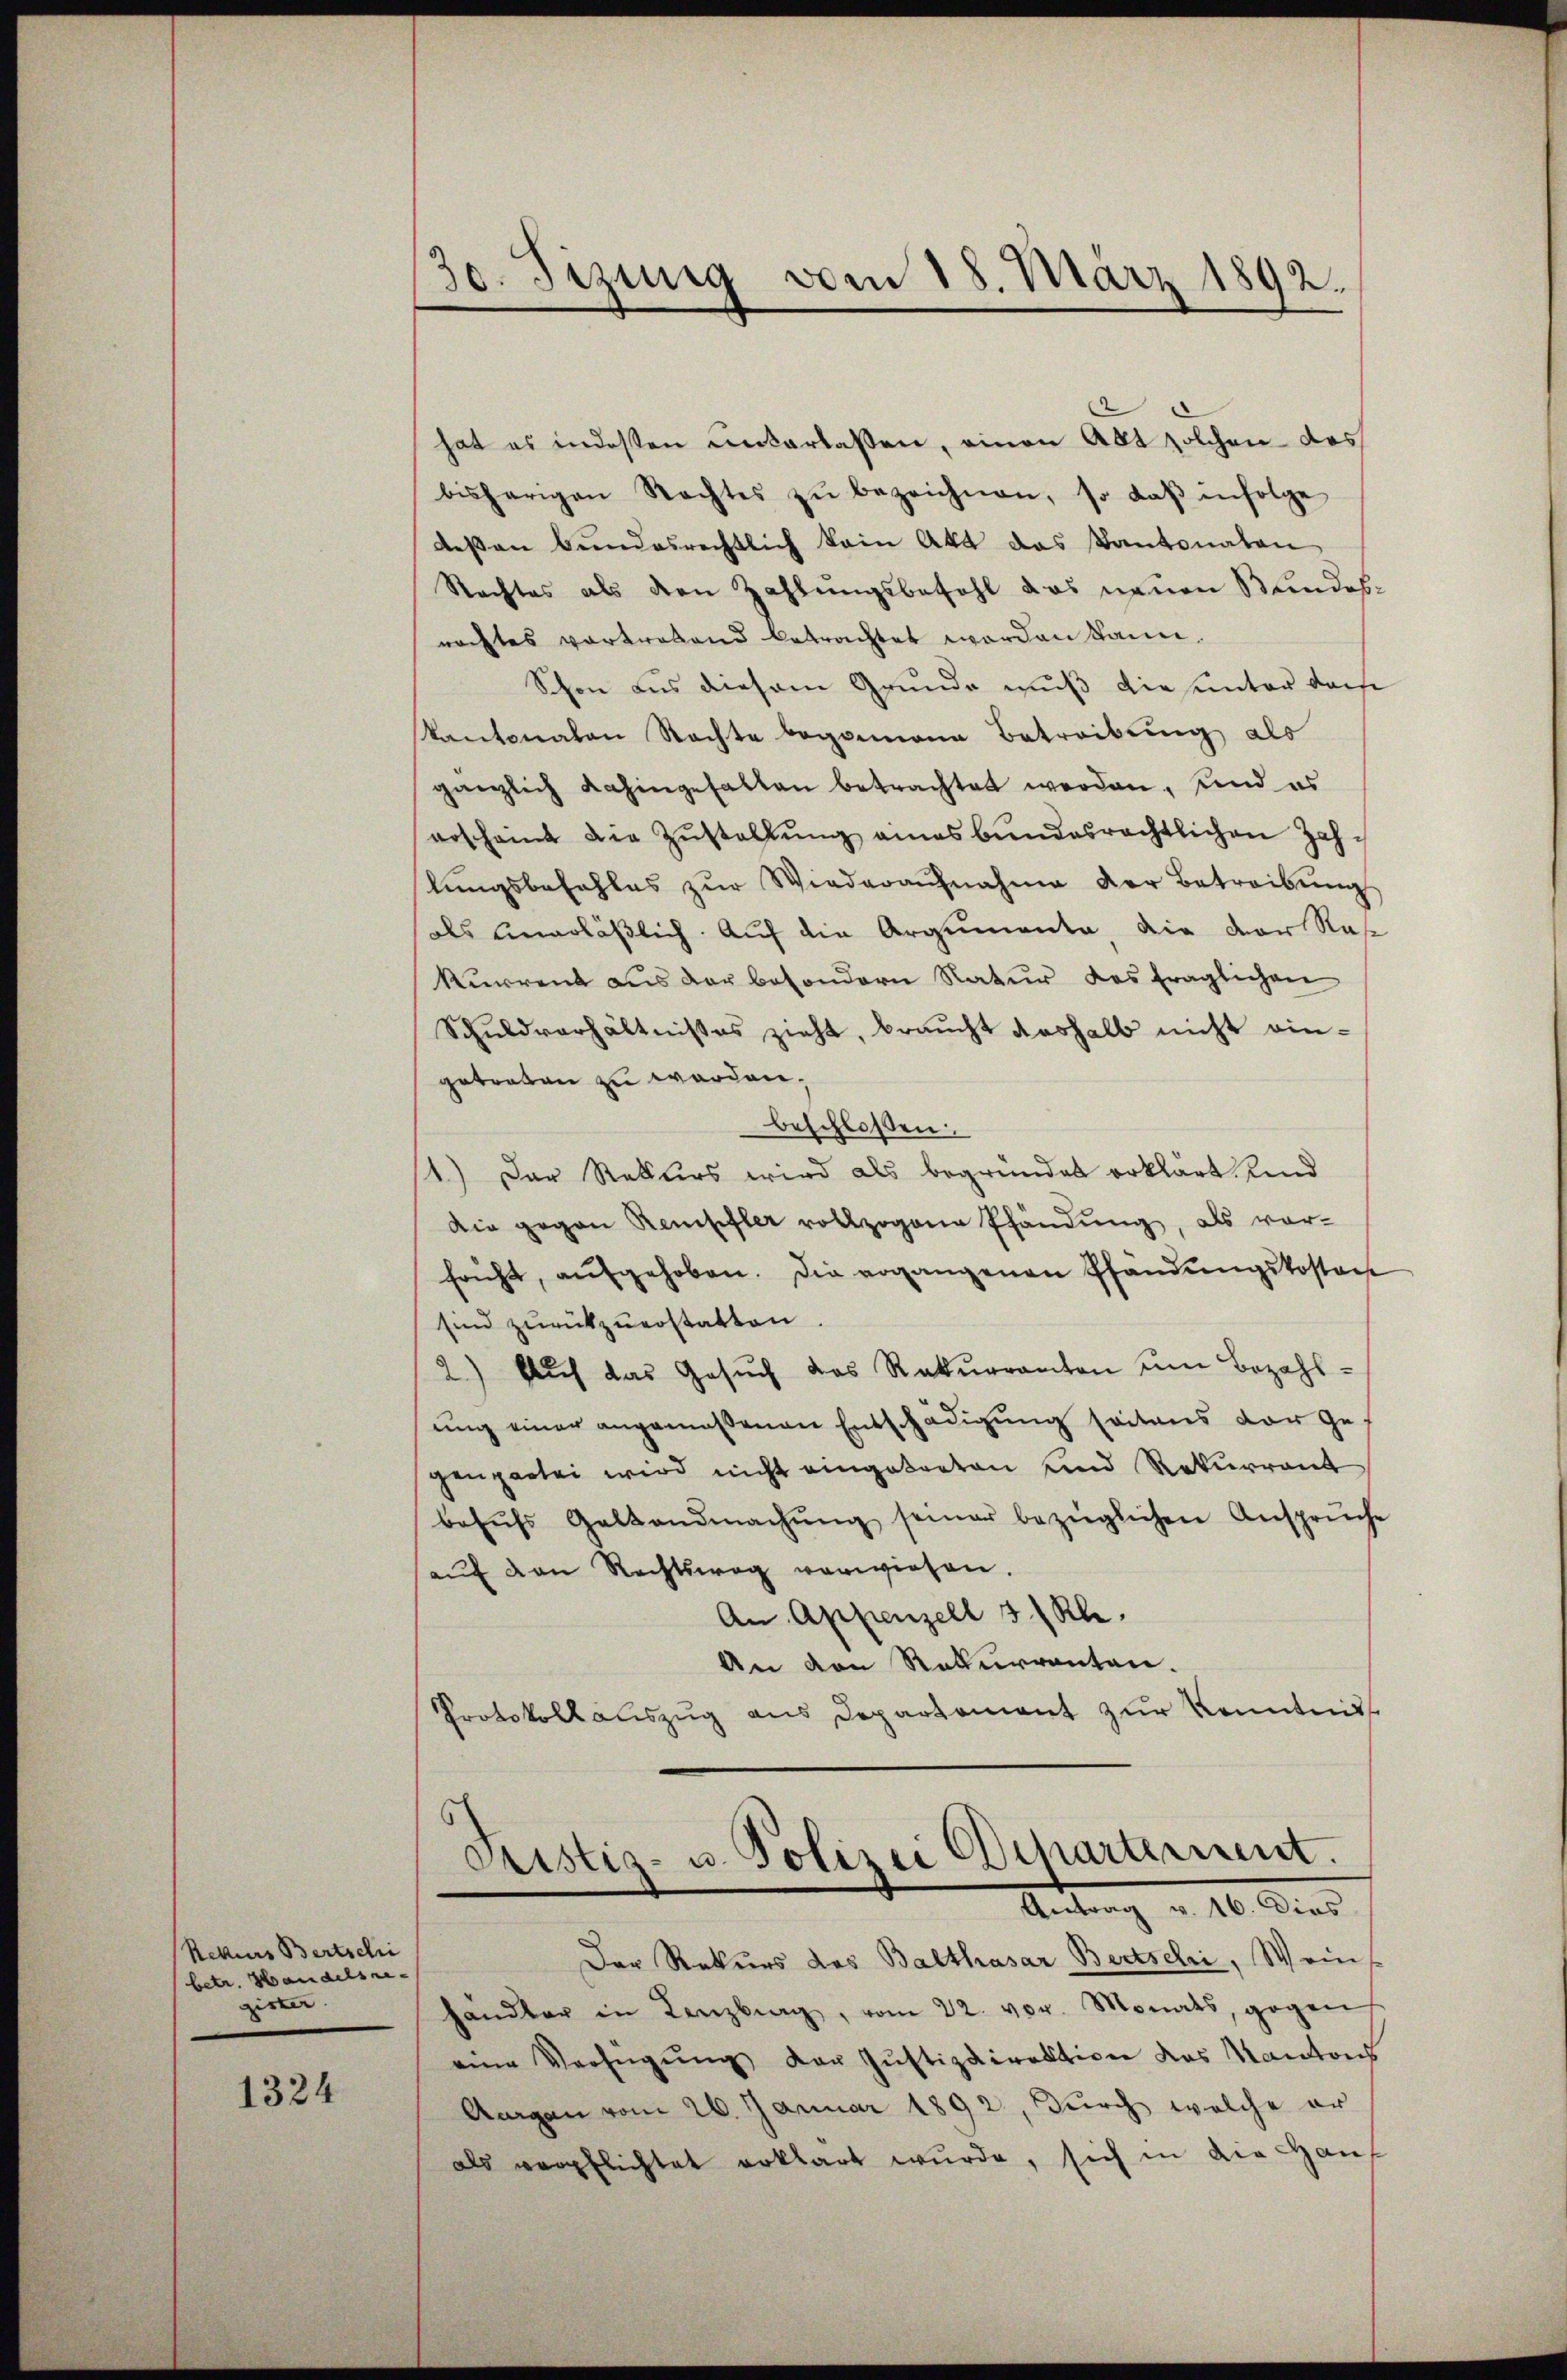
Rekurs Bertschi
betr. Handelsre
gister

1324

30. Jizung vom 18. März 1892.

hat es indeßen unterlaßen, einen Abt solchen das
bisherigen Rechtes zŭ bezeichnen, so daβ infolge
deβen bundesrechtlich kein Akt das Kantonaten
Rechtes als den Zahlungsbefehl das neuen Bundesrachtes vortretend betrachtet worden kann.
Schon aus diesem Grunde muß die unter dasse
Kantonalen Rechte begonnene Betreibung als
gänzlich dahingefallen betrachtet werden, und es
erscheint die Zŭstallŭng amasbŭndesrechtlichen Zahlŭngsbefehles zŭr Wiederaŭfnahme der Betreibŭng
als unerläβlich. Auf die Argumenta, die der Ras
kurrent aus der besondern Natur des fraglichen
Schŭldverhältnißes zieht, braŭcht deshalb nicht ein-
getreten zu werden.
beschlossen:
1.) Der Rekurs wird als begründet erklärt und
Die gegen Remffler vollzogene Pfändung, als vor-
frücht, aŭfgehoben. Die ergangenen Pfandŭngskosten
sind zurückzuerstatten.
2) Auf das Gesŭch das Rekŭrranten ŭm Bezahl-
sung einer angemeßenen Entschädigung seitens der ges
genpartei wird nicht eingetreten und Rekurrent
behŭfs Geltendmachŭng seiner bezüglichen Ansprüche
aŭf den Rechtsweg verwiesen.
An Appenzell 3/Rh.
An den Rekurrenten.
Protokollauszug aus Departement zur Kenntniss
Justiz- u. Polizei Departement.
Antrag v. 10. Dies
Der Rekurs das Balthasar Bertschi, Wein
händler in Lenzburg, vom 22. vor. Monats, gegen
eine Verfügŭng der Justizdirektione das Kantons
Aargau vom 26. Januar 1892, durch welche er
als verpflichtet erklärt wurde, sich in die Haus